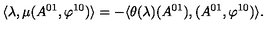
\langle \lambda , \mu ( A ^ { 0 1 } , \varphi ^ { 1 0 } ) \rangle = - \langle \theta ( \lambda ) ( A ^ { 0 1 } ) , ( A ^ { 0 1 } , \varphi ^ { 1 0 } ) \rangle .